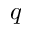
q